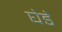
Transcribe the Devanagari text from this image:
घेडे